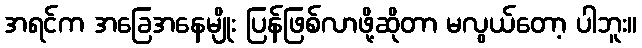
အရင်က အခြေအနေမျိုး ပြန်ဖြစ်လာဖို့ဆိုတာ မလွယ်တော့ ပါဘူး။